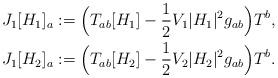
LaTeX: \begin{align*}J_1[H_1]_a&:=\Big(T_{ab}[H_1]-\frac{1}{2}V_1|H_1|^2g_{ab}\Big)T^b,\\J_1[H_2]_a&:=\Big(T_{ab}[H_2]-\frac{1}{2}V_2|H_2|^2g_{ab}\Big)T^b.\end{align*}